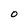
Character: O